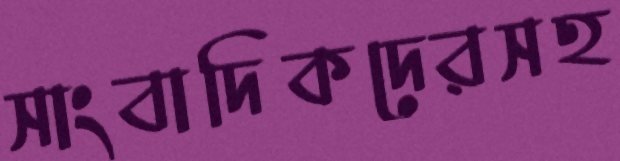
সাংবাদিকদেরসহ